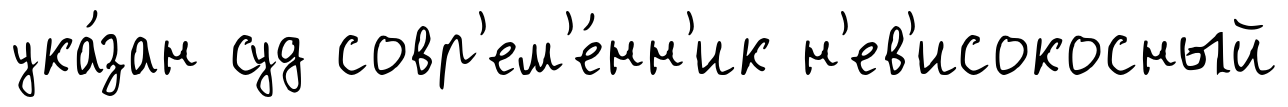
ука́зан суд совр'ем'е́нн'ик н'ев'исокосный